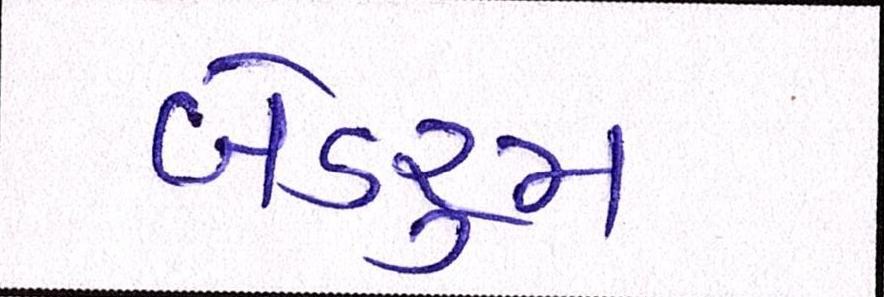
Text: બેડરૂમ